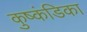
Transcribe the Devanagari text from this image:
कुष्कंडिका